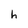
Character: h